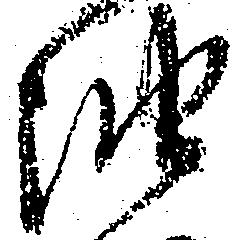
油